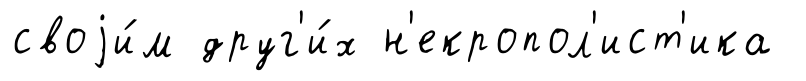
своjи́м друг'и́х н'екропол'ист'ика